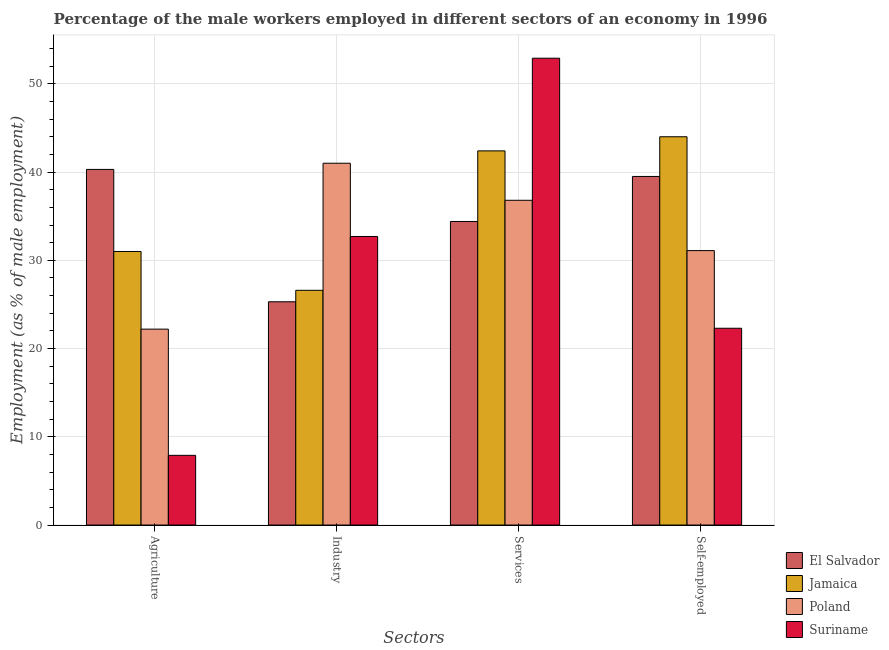
| Sectors | El Salvador | Jamaica | Poland | Suriname |
 | --- | --- | --- | --- | --- |
 | Agriculture | 40.3 | 31 | 22.2 | 7.9 |
 | Industry | 25.3 | 26.6 | 41 | 32.7 |
 | Services | 34.4 | 42.4 | 36.8 | 52.9 |
 | Self-employed | 39.5 | 44 | 31.1 | 22.3 |